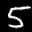
Label: 5